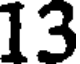
13